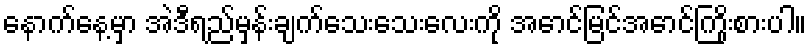
နောက်နေ့မှာ အဲဒီရည်မှန်းချက်သေးသေးလေးကို အောင်မြင်အောင်ကြိုးစားပါ။